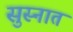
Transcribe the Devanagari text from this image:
सुस्नात